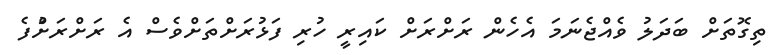
ތިގޮތަށް ބަދަލު ވެއްޖެނަަމަ އެހެން ރަށްރަށް ކައިރީ ހުރި ފަޅުރަށްތަށްވެސް އެ ރަށްރަށްުފެ